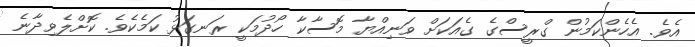
އެވެ. އެހެންކަމުން ގްރީސްގެ ގެއަކަށް ވަނިއްޔާ މޮސާކާ ހޯދުމަކީ ރަނގަޅު ކަމެކެވެ. ކޮށްލެވިދާނެ